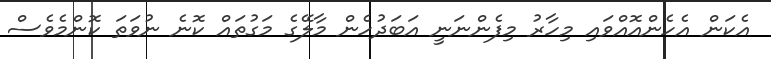
އެކަން އެހެންއޮއްވައި މިހާރު މިފެންނަނީ އަބަދުހެން މާލޭގެ މަގުތައް ކޮނެ ނުވަތަ ކޮންމެވެސް